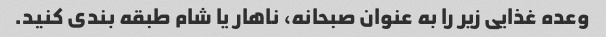
وعده غذایی زیر را به عنوان صبحانه، ناهار یا شام طبقه بندی کنید.